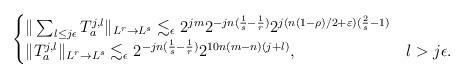
LaTeX: \begin{align*}\begin{cases}\|\sum_{l\le j\epsilon}T_a^{j, l}\|_{L^r\to L^s}\lesssim_{\epsilon}2^{jm}2^{-jn(\frac{1}{s}-\frac{1}{r})}2^{j(n(1-\rho)/2 + \varepsilon)(\frac{2}{s}-1)}\\ \|T_a^{j, l}\|_{L^r\to L^s}\lesssim_{\epsilon}2^{-jn(\frac{1}{s}-\frac{1}{r})}2^{10n(m-n)(j+l)},& l>j\epsilon.\end{cases}\end{align*}